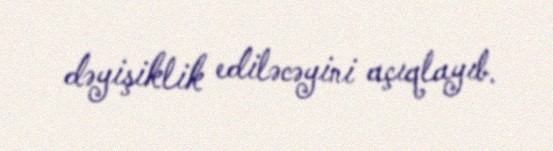
dəyişiklik ediləcəyini açıqlayıb.